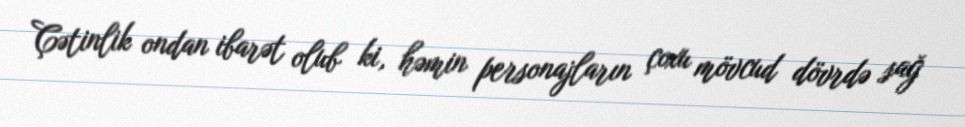
Çətinlik ondan ibarət olub ki, həmin personajların çoxu mövcud dövrdə sağ